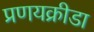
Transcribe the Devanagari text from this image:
प्रणयक्रीडा